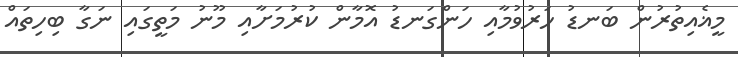
މީޣެއިތުރުން ބަނޑު ހަރުވުމާއި ހަންގަނޑު އޮމާން ކުރުމަށާއި މޫނު މަތީގައި ނަގާ ބިހިތައް